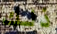
ذلك